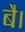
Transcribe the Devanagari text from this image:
बै।